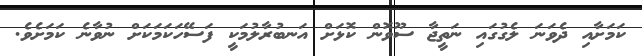
ކަމަށާއި ދެވަނަ ލެގުގައި ނަތީޖާ ސޫވޮން ކޮޅަށް އަނބުރާލުމަކީ ފަސޭހަކަމަކަށް ނުވާނެ ކަމަށެވެ.